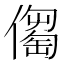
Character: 𠏈